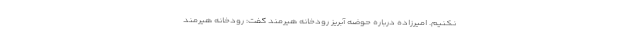
نکنیم. امیرزاده درباره حوضه آبریز رودخانه هیرمند گفت: رودخانه هیرمند